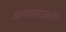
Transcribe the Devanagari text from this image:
अलमतग़ज़लीन